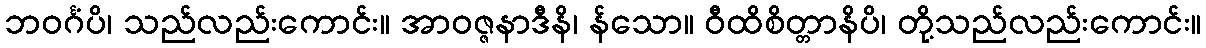
ဘဝင်္ဂံပိ၊ သည်လည်းကောင်း။ အာဝဇ္ဇနာဒီနိ၊ န်သော။ ဝီထိစိတ္တာနိပိ၊ တို့သည်လည်းကောင်း။